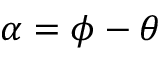
\alpha = \phi - \theta